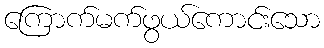
ကြောက်မက်ဖွယ်ကောင်းသော